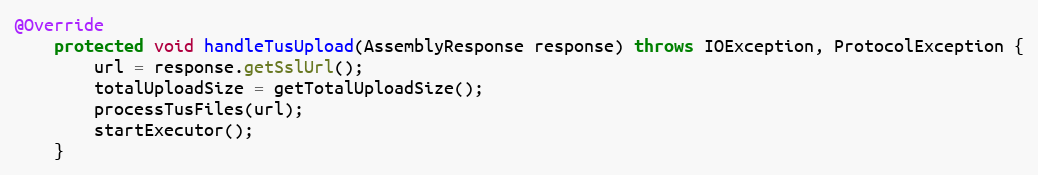
Language: Java
@Override
    protected void handleTusUpload(AssemblyResponse response) throws IOException, ProtocolException {
        url = response.getSslUrl();
        totalUploadSize = getTotalUploadSize();
        processTusFiles(url);
        startExecutor();
    }